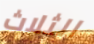
الثلاث